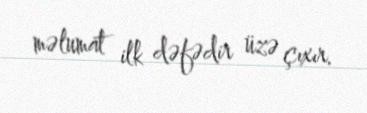
məlumat ilk dəfədir üzə çıxır.